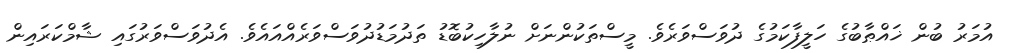
އުމަރު ބުން ޚައްޠާބުގެ ހަލީފާކަމުގެ ދުވަސްވަރެވެ. މީސްތަކުންނަށް ނުލާހިކުބޮޑު ތަދުމަޑުދުވަސްވަރެއްއައެވެ. އެދުވަސްވަރުގައި ޝާމްކަރައިން